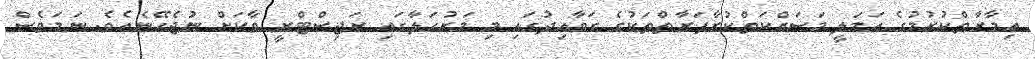
ޢިމާރާތްކުރުމުގެ ޢަމަލީ މަސައްކަތްކުރާފަރާތްތަކުގެ ގަވާއިދުގައި މި މަރުހަލާގައި ރަޖިސްޓްރީ ވާކަށް ނުޖެހޭނެއެވެ. ނަމަވެސް